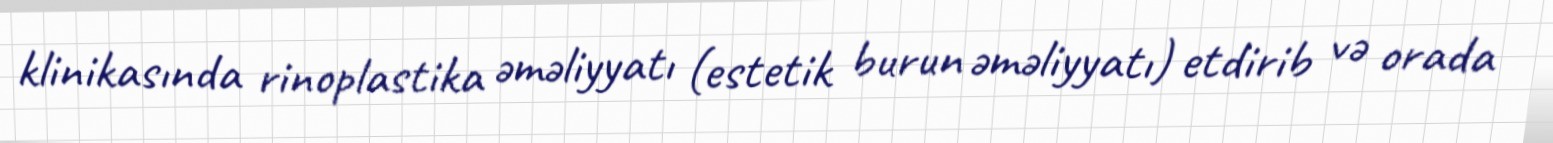
klinikasında rinoplastika əməliyyatı (estetik burun əməliyyatı) etdirib və orada